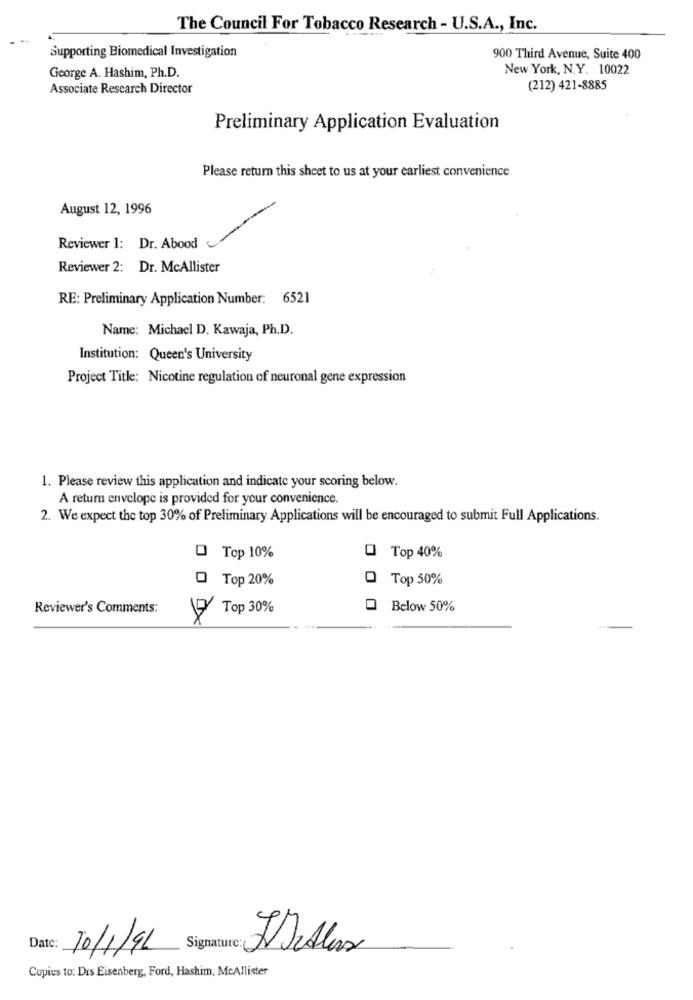
The Council For Tobacco Research - U.S.A ., Inc.
Supporting Biomedical Investigation
900 Third Avenue, Suite 400
New York, N.Y. 10022
George A. Hashim, Ph.D.
Associate Research Director
(212) 421-8885
Preliminary Application Evaluation
Please return this sheet to us at your earliest convenience.
August 12, 1996
Reviewer 1: Dr. Abood
Reviewer 2: Dr. McAllister
RE: Preliminary Application Number: 6521
Name: Michael D. Kawaja, Ph.D.
Institution: Queen's University
Project Title: Nicotine regulation of neuronal gene expression
1. Please review this application and indicate your scoring below.
A return envelope is provided for your convenience.
2. We expect the top 30% of Preliminary Applications will be encouraged to submit Full Applications.
0
Top 10%
Top 40%
O Top 20%
O Top 50%
Reviewer's Comments:
Top 30%
Below 50%
Date:
10/1/91
Signature:
Copies to: Drs Eisenberg, Ford, Hashim, McAllister